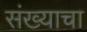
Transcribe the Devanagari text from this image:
संख्याचा